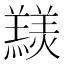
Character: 𦏠